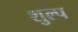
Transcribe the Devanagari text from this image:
शुल्प